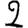
Digit: 2